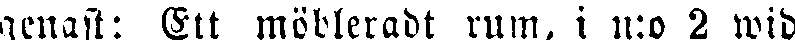
genast: Ett möbleradt rum, i n:o 2 wid